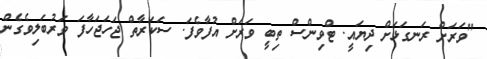
"ވަރަށް ރަނގަޅަށް ދިޔައީ. ޓްވިންސް ތިބީ ވަރަށް އުފާވެފަ. ސަކަރާތް ޖަހަޖަހާފަ ވަރުބަލިވެގެން